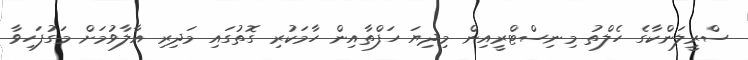
ސްރީލަންކާގެ ހެލްތު މިނިސްޓްރީއިން މިދިޔަ ހަފްތާއިން ހާމަކުރި ގޮތުގައި މަދިރި އާލާވުމަށް މަގުފަހިވާ